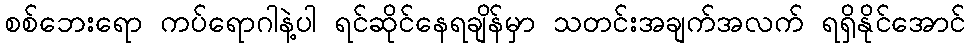
စစ်ဘေးရော ကပ်ရောဂါနဲ့ပါ ရင်ဆိုင်နေရချိန်မှာ သတင်းအချက်အလက် ရရှိနိုင်အောင်